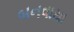
બનવાયા